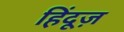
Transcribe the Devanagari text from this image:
हिंदूज़